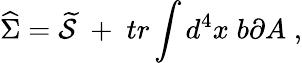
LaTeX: \widehat{\Sigma}=\widetilde{\mathcal{S}}\; +\; tr\int d^{4}x\; b\partial A\; ,